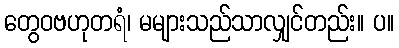
တွေဝဗဟုတရံ၊ မများသည်သာလျှင်တည်း။ ပ။